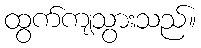
ထွက်ကျသွားသည်။